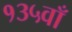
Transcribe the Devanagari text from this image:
१३५वाँ